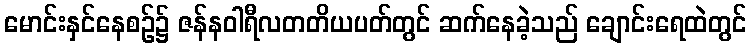
မောင်းနှင်နေစဉ်၌ ဇန်နဝါရီလတတိယပတ်တွင် ဆက်နေခဲ့သည် ချောင်းရေထဲတွင်